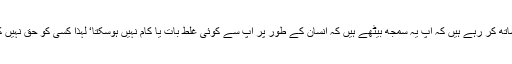
پہلی زیادتی‘ آپ اپنے ساتھ کر رہے ہیں کہ آپ یہ سمجھ بیٹھے ہیں کہ انسان کے طور پر آپ سے کوئی غلط بات یا کام نہیں ہوسکتا‘ لہٰذا کسی کو حق نہیں کہ وہ آپ پر تنقید کرے۔